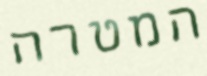
המטרה